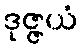
ဒုဇ္ဇယံ